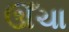
ઊઁચા